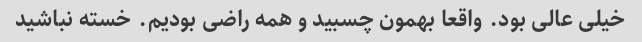
خیلی عالی بود. واقعا بهمون چسبید و همه راضی بودیم. خسته نباشید